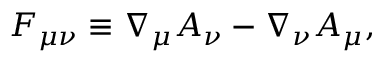
F _ { \mu \nu } \equiv \nabla _ { \mu } A _ { \nu } - \nabla _ { \nu } A _ { \mu } ,